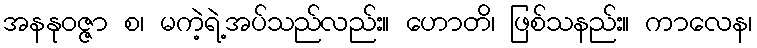
အနနုဝဇ္ဇာ စ၊ မကဲ့ရဲ့အပ်သည်လည်း။ ဟောတိ၊ ဖြစ်သနည်း။ ကာလေန၊